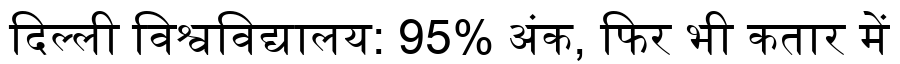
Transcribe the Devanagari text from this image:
दिल्ली विश्वविद्यालय: 95% अंक, फिर भी कतार में